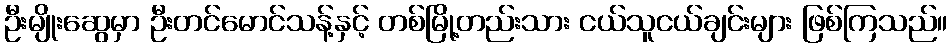
ဦးမျိုးဆွေမှာ ဦးတင်မောင်သန့်နှင့် တစ်မြို့တည်းသား ငယ်သူငယ်ချင်းများ ဖြစ်ကြသည်။